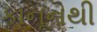
કાનૂનથી